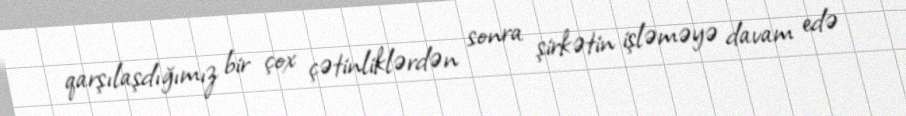
qarşılaşdığımız bir çox çətinliklərdən sonra şirkətin işləməyə davam edə